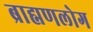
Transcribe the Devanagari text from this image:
ब्राह्मणलोग